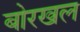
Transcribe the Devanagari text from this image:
बोरखल